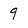
Character: 9